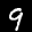
Label: 9